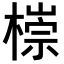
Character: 𣙩